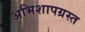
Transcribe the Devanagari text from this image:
अभिशापग्रस्त